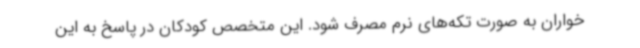
خواران به صورت تکه‌های نرم مصرف شود. این متخصص کودکان در پاسخ به این